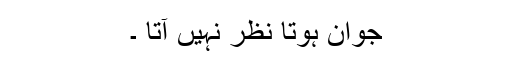
جوان ہوتا نظر نہیں آتا ۔